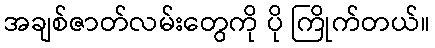
အချစ်ဇာတ်လမ်းတွေကို ပို ကြိုက်တယ်။